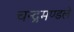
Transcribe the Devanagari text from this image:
चन्द्रमण्डले